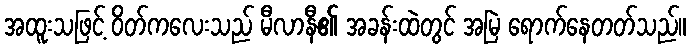
အထူးသဖြင့် ဝိတ်ကလေးသည် မီလာနီ၏ အခန်းထဲတွင် အမြဲ ရောက်နေတတ်သည်။